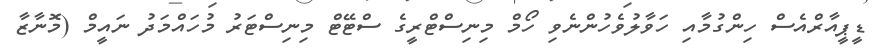
ޑީޕީއާރްއެސް ހިންގުމާއި ހަވާލުވެހުންނެވި ހޯމް މިނިސްޓްރީގެ ސްޓޭޓް މިނިސްޓަރު މުހައްމަދު ނައީމް (މޮނާޒާ